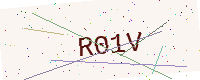
Text: R01V